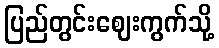
ပြည်တွင်းဈေးကွက်သို့